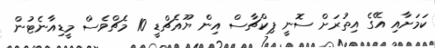
ކަމަށާއި އޭގެ އިތުރަށް ސޮނީ ޕިކްޗާސް އިން ޔޫއެޗްޑީ 10 މެޗްވެސް މީޑިއާނެޓުން